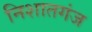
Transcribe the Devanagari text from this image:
निशातगंज